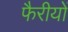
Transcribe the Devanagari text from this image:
फैरीयों